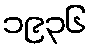
၁၉၃၆